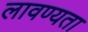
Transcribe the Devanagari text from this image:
लावण्‍यता